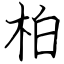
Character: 柏